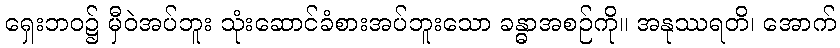
ရှေးဘဝ၌ မှီဝဲအပ်ဘူး သုံးဆောင်ခံစားအပ်ဘူးသော ခန္ဓာအစဉ်ကို။ အနုဿရတိ၊ အောက်